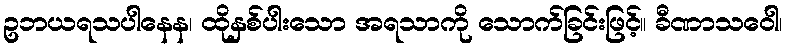
ဥဘယရသပါနေန၊ ထိုနှစ်ပါးသော အရသာကို သောက်ခြင်းဖြင့်။ ခီဏာသဝေါ၊